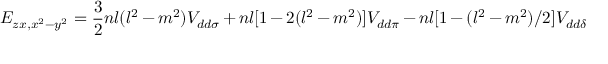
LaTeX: E _ { z x , x ^ { 2 } - y ^ { 2 } } = { \frac { 3 } { 2 } } n l ( l ^ { 2 } - m ^ { 2 } ) V _ { d d \sigma } + n l [ 1 - 2 ( l ^ { 2 } - m ^ { 2 } ) ] V _ { d d \pi } - n l [ 1 - ( l ^ { 2 } - m ^ { 2 } ) / 2 ] V _ { d d \delta }